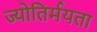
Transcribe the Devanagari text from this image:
ज्योतिर्मयता